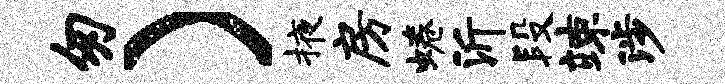
匆）掖房蜷沂段竦涉